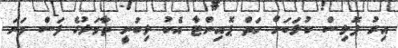
އިރު ޕޮލިސް ކުލަބަށް ހަތް ޕޮއިންޓާ އެކު ލިބުނީ ތާވަލުގެ ފަސް ވަނަ